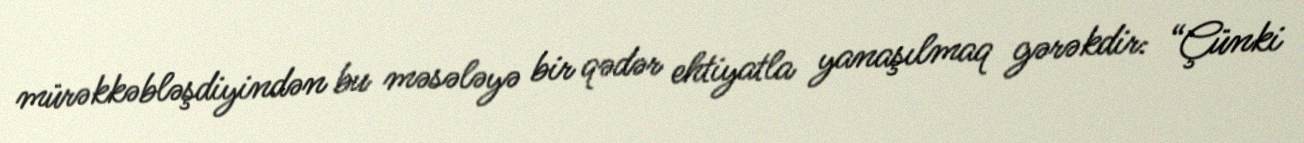
mürəkkəbləşdiyindən bu məsələyə bir qədər ehtiyatla yanaşılmaq gərəkdir: “Çünki